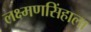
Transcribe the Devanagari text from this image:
लक्ष्मणसिंहाला